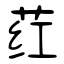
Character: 荭